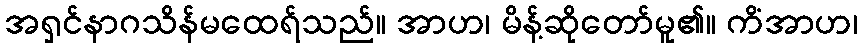
အရှင်နာဂသိန်မထေရ်သည်။ အာဟ၊ မိန့်ဆိုတော်မူ၏။ ကိံအာဟ၊